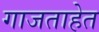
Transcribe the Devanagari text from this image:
गाजताहेत